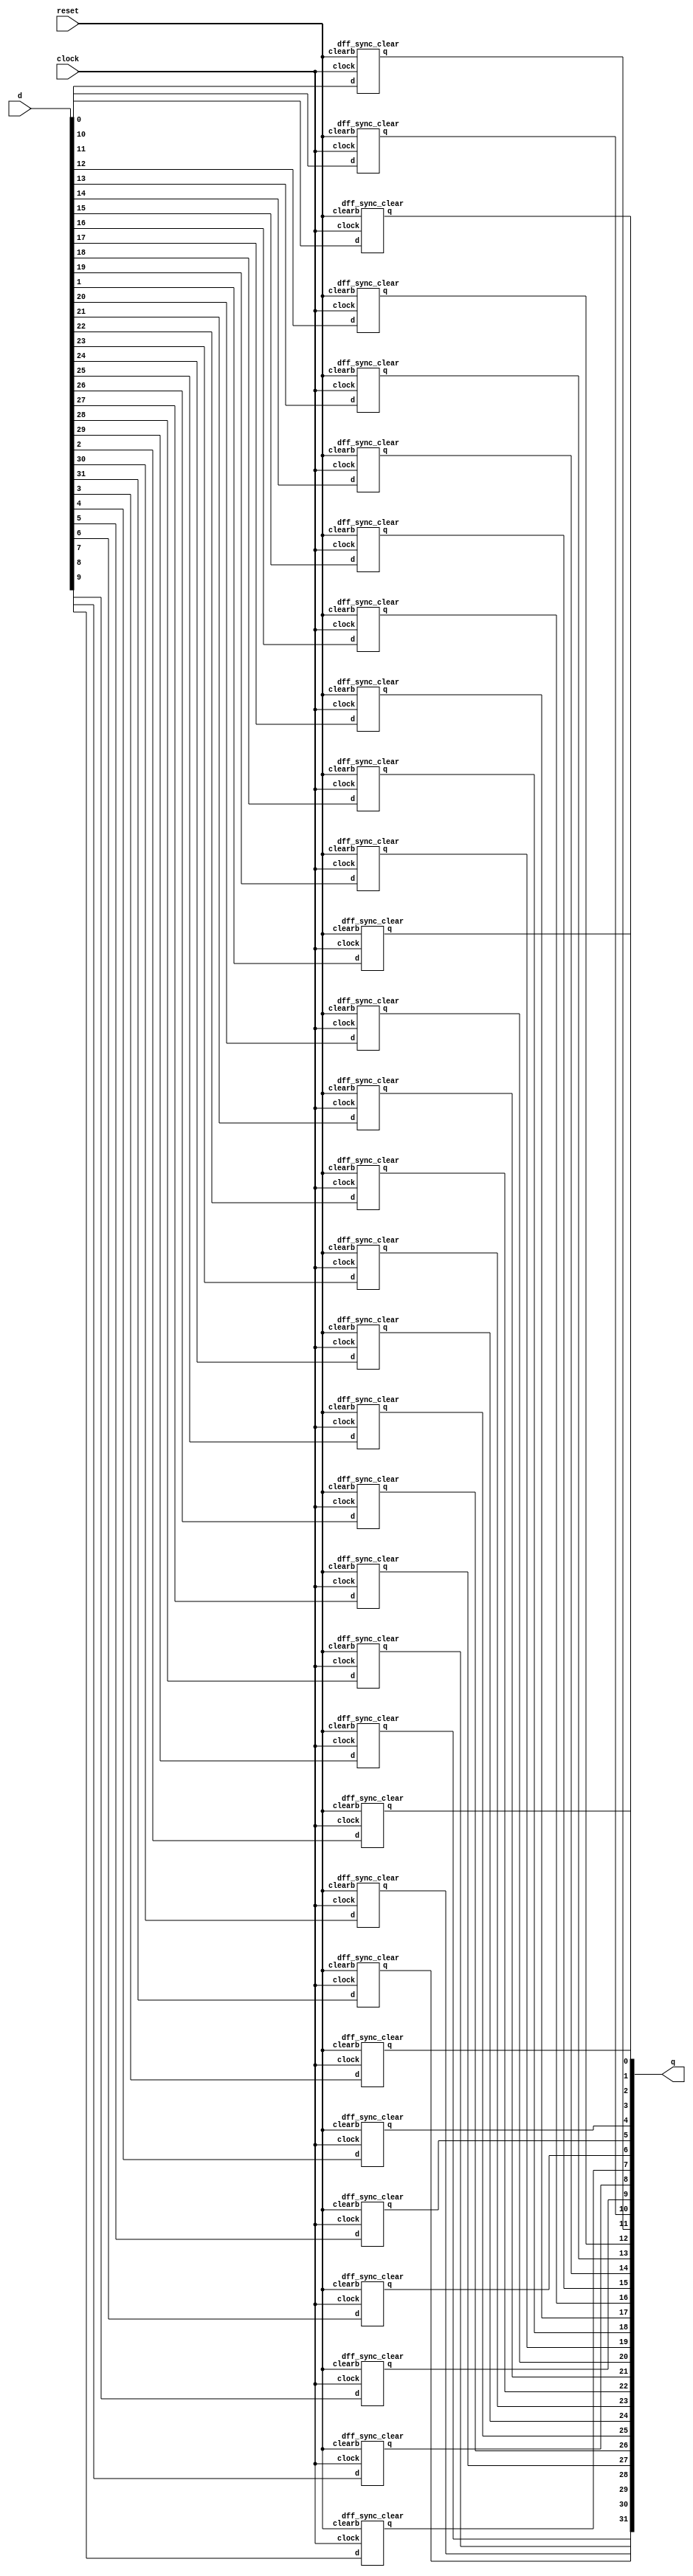
module reg_32bit(q, d, clock, reset);

    output [31:0] q;
    input [31:0] d;
    input clock, reset;

    wire [31:0] q_out;

    genvar i;
    generate
        for (i = 0; i < 32; i = i+1) begin
            dff_sync_clear dff(d[i], reset, clock, q_out[i]);
        end
    endgenerate

    assign q = q_out;
endmodule

module tb32reg;

    reg [31:0] d;
    reg clk, reset;
    wire [31:0] q;
    reg_32bit R(q,d,clk,reset);

    always @(clk)
        #5 clk<=~clk;

    always @(posedge clk)
        $display($time, " clk=%b, reset=%b, q=%b", clk, reset, q);

    initial begin
        clk= 1'b1;
        reset=1'b0;//reset the register
        #20 reset=1'b1;
        #0 d=32'hAFAFAFAF;
        #200 $finish;
    end

endmodule

module dff_sync_clear(d, clearb, clock, q);

    input d, clearb, clock;
    output q;
    reg q;

    always @ (posedge clock)
    begin
        if (!clearb) q <= 1'b0;
        else q <= d;
    end
endmodule